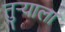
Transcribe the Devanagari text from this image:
तुर्‍याला